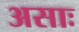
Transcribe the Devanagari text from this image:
असाः